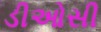
ડીઓસી